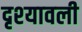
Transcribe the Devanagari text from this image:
दृश्‍यावली